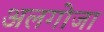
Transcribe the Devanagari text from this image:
अलगोजा